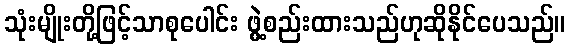
သုံးမျိုးတို့ဖြင့်သာစုပေါင်း ဖွဲ့စည်းထားသည်ဟုဆိုနိုင်ပေသည်။